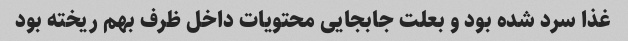
غذا سرد شده بود و بعلت جابجایی محتویات داخل ظرف بهم ریخته بود